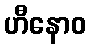
ဟီနောဝ